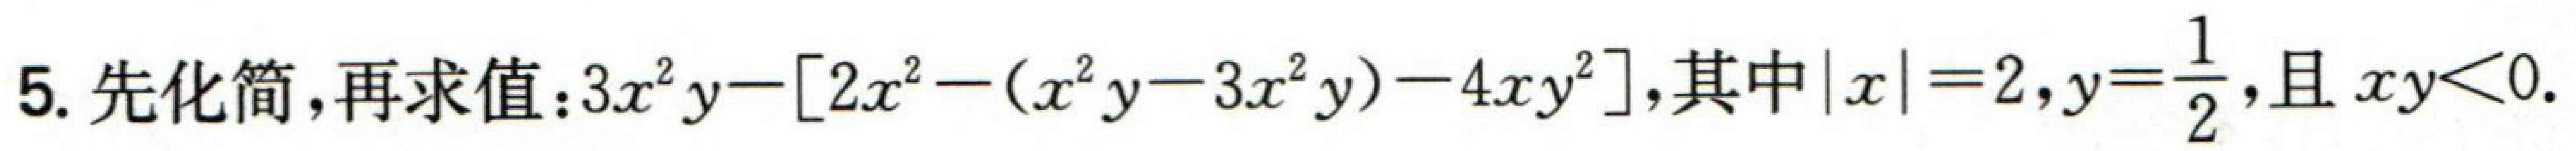
5. 先化简，再求值：$3x^{2}y - [2x^{2}-(x^{2}y - 3x^{2}y)-4xy^{2}]$，其中$\vert x\vert = 2$，$y = \frac{1}{2}$，且$xy<0$.